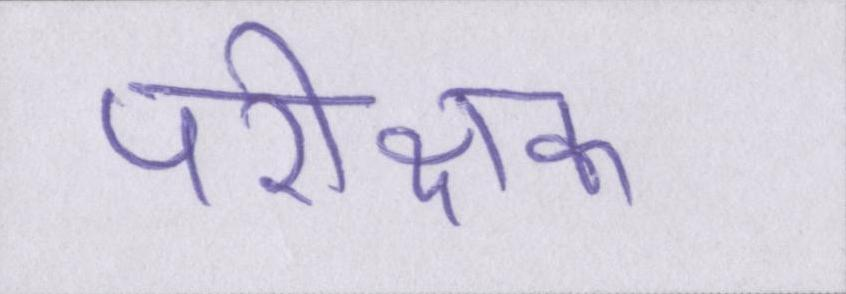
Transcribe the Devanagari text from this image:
परीक्षक